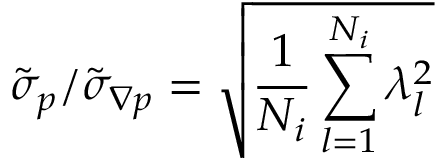
\tilde { \sigma } _ { p } / \tilde { \sigma } _ { \boldsymbol { \nabla } p } = \sqrt { \frac { 1 } { N _ { i } } \sum _ { l = 1 } ^ { N _ { i } } \lambda _ { l } ^ { 2 } }